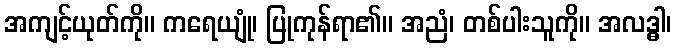
အကျင့်ယုတ်ကို။ ကရေယျုံ၊ ပြုကုန်ရာ၏။ အညံ၊ တစ်ပါးသူကို။ အလဒ္ဓါ၊